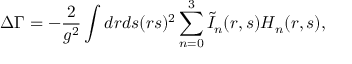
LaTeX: \Delta \Gamma = - \frac { 2 } { g ^ { 2 } } \int d r d s ( r s ) ^ { 2 } \sum _ { n = 0 } ^ { 3 } \tilde { I } _ { n } ( r , s ) H _ { n } ( r , s ) ,